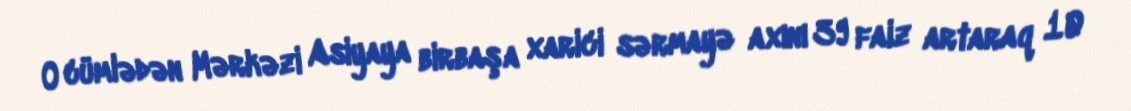
O cümlədən Mərkəzi Asiyaya birbaşa xarici sərmayə axını 39 faiz artaraq 10